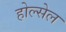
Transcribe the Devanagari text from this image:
होल्सेल